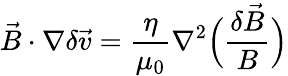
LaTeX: \vec{B}\cdot\nabla\delta\vec{v}=\frac{\eta}{\mu_{0}}\nabla^{2}\Big(\frac{\delta\vec{B}}{B}\Big)